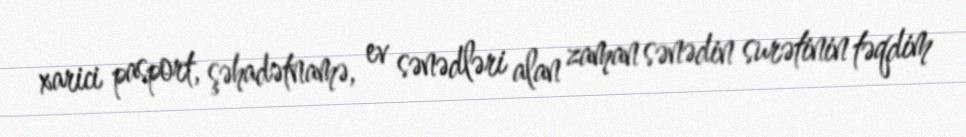
xarici pasport, şəhadətnamə, ev sənədləri alan zaman sənədin surətinin təqdim